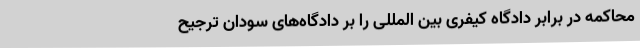
محاکمه در برابر دادگاه کیفری بین المللی را بر دادگاه‌های سودان ترجیح